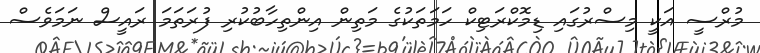
މުރްސީ އަކީ މިސްރުގައި ޑިމޮކްރަޓިކް ހަމަތަކުގެ މަތިން އިންތިހާބުކުރި ފުރަތަމަ ރައީސް ނަމަވެސް